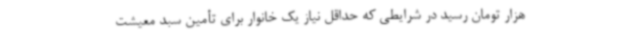
هزار تومان رسید در شرایطی که حداقل نیاز یک خانوار برای تأمین سبد معیشت